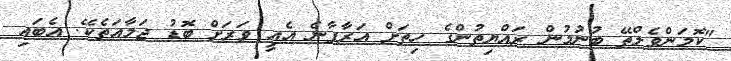
"ކޮމަންވެލްތޭ ބުނުމުން ރައްޔިތުންގެ ހިތަށް އަރާފާނެ އެއީ ވަރަށް ބޮޑު ޖަމާއަތެކޭ. އެބައި